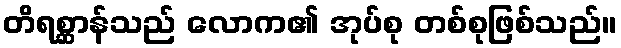
တိရစ္ဆာန်သည် လောက၏ အုပ်စု တစ်စုဖြစ်သည်။